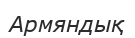
Армяндық